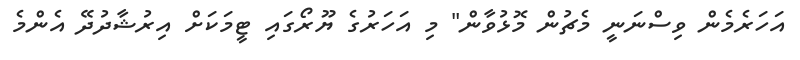
އަހަރެމެން ވިސްނަނީ މެޗުން މޮޅުވާން" މި އަހަރުގެ ޔޫރޯގައި ޓީމަކަށް އިރުޝާދުދޭ އެންމެ